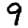
Digit: 9